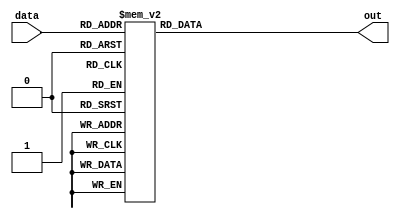
`timescale 1ns / 1ps
//////////////////////////////////////////////////////////////////////////////////
// Company: 
// Engineer: 
// 
// Design Name: 
// Module Name:    led 
// Project Name: 
// Target Devices: 
// Tool versions: 
// Description: 
//
// Dependencies: 
//
// Revision: 
// Revision 0.01 - File Created
// Additional Comments: 
//
//////////////////////////////////////////////////////////////////////////////////
module led(
input [3:0] data,
output reg [7:0] out
);
always@(*)
case(data[3:0])
0:	out=8'b0000_0011;
1: out=8'b1001_1111;
2: out=8'b0010_0101;
3: out=8'b0000_1101;
4: out=8'b1001_1001;
5: out=8'b0100_1001;
6: out=8'b0100_0001;
7: out=8'b0001_1111;
8: out=8'b0000_0001;
9: out=8'b0000_1001;
default: out=8'b0000_0000;
endcase


endmodule